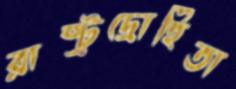
রাষ্ট্রদ্রোহিতা